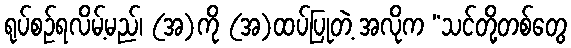
ရုပ်စဉ်ရလိမ့်မည်၊ (အ)ကို (အ)ထပ်ပြုတဲ့ အလိုက “သင်တို့တစ်တွေ